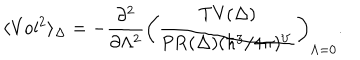
LaTeX: \langle \mathrm { V o l } ^ { 2 } \rangle _ { \Delta } = - { \frac { \partial ^ { 2 } } { \partial \Lambda ^ { 2 } } } \left( { \frac { \mathrm { T V } ( \Delta ) } { \mathrm { P R } ( \Delta ) ( \hbar ^ { 3 } / 4 \pi ) ^ { V } } } \right) _ { \Lambda = 0 } .